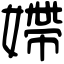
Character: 𡠹